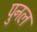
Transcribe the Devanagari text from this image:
पुनल